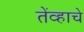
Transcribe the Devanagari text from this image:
तेंव्हाचे